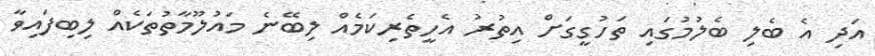
އަދި އެ ބެލި ބެލުމުގައި ތަހުގީގަށް އިތުރު އެހީތެރިކަމެއް ލިބޭނެ މައުލޫމާތުތަކެއް ލިބިފައިވާ